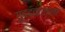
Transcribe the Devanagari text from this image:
गुदद्वाराला